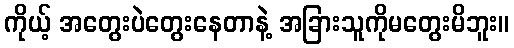
ကိုယ့် အတွေးပဲတွေးနေတာနဲ့ အခြားသူကိုမတွေးမိဘူး။